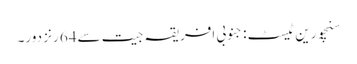
سنچورین ٹیسٹ: جنوبی افریقہ جیت سے64 رنز دور۔